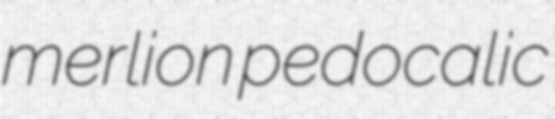
merlion pedocalic